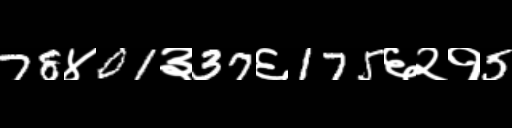
Text: 78४01३37६175६२१5